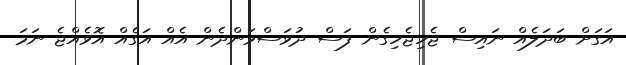
އަގަށް ބަދަލެއް ނައިސް ޖެހިޖެހިގެން ފަސް ދުވަސްވަންދެން އެއް އަގެއް އޮވެއްޖެ ނަމަ